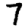
Digit: 7